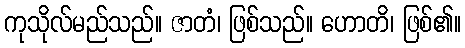
ကုသိုလ်မည်သည်။ ဇာတံ၊ ဖြစ်သည်။ ဟောတိ၊ ဖြစ်၏။